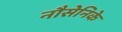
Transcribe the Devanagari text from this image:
नौसेनिके